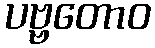
ပဗ္ဗတောဝ